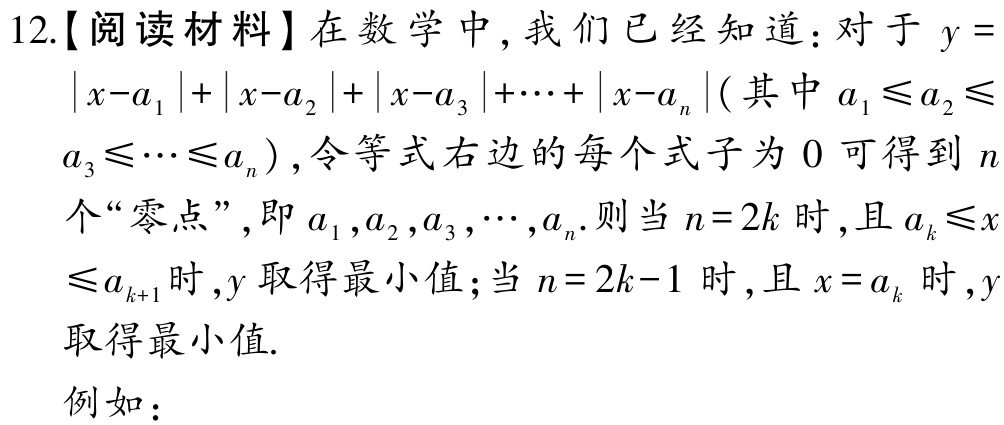
12.【阅读材料】在数学中, 我们已经知道：对于 \(y = \vert x - a_{1}\vert+\vert x - a_{2}\vert+\vert x - a_{3}\vert+\cdots+\vert x - a_{n}\vert\)（其中 \(a_{1}\leq a_{2}\leq a_{3}\leq\cdots\leq a_{n}\)）, 令等式右边的每个式子为 \(0\) 可得到 \(n\) 个“零点”, 即 \(a_{1},a_{2},a_{3},\cdots,a_{n}\). 则当 \(n = 2k\) 时, 且 \(a_{k}\leq x\leq a_{k + 1}\) 时, \(y\) 取得最小值；当 \(n = 2k - 1\) 时, 且 \(x = a_{k}\) 时, \(y\) 取得最小值.

例如：